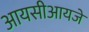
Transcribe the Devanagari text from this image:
आयसीआयजे